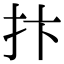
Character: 抃